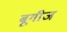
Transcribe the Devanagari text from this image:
बूगीज